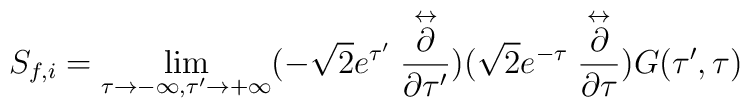
S_{f,i}= \lim_{\tau \rightarrow -\infty,\tau' \rightarrow +\infty} (-\sqrt{2} e^{\tau'}\stackrel{\leftrightarrow}{\frac{\partial}{\partial\tau'}})(\sqrt{2}e^{-\tau} \stackrel{\leftrightarrow}{\frac{\partial}{\partial\tau}})G(\tau',\tau)